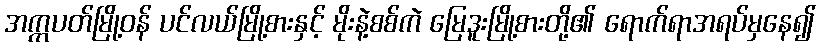
အက္ကပတ်မြို့ဝန် ပင်လယ်မြို့စားနှင့် မိုးနဲ့စစ်ကဲ မြေဒူးမြို့စားတို့၏ ရောက်ရာအရပ်မှနေ၍